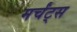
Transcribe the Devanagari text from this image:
मर्चंट्‌स